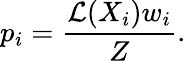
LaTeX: p_{i}=\frac{\mathcal{L}(X_{i})w_{i}}{Z}.